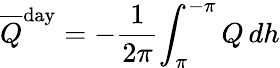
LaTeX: {\overline{{Q}}}^{\mathrm{day}}=-{\frac{1}{2\pi}}{\int_{\pi}^{-\pi}Q\, dh}